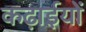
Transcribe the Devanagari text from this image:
कढ़ाईयों